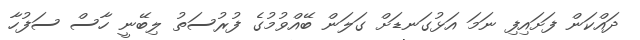
ދައްކަން ފަށައިފި ނަމަ އަޅުގަނޑަށް ގަލަން ބޭއްވުމުގެ ފުރުސަތު ލިބޭނީ ހާސް ސަފުހާ